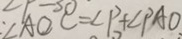
\angle A O C = \angle P + \angle P A O